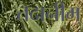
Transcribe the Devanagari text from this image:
तदानीम्